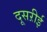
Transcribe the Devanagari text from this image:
दूसऱीई